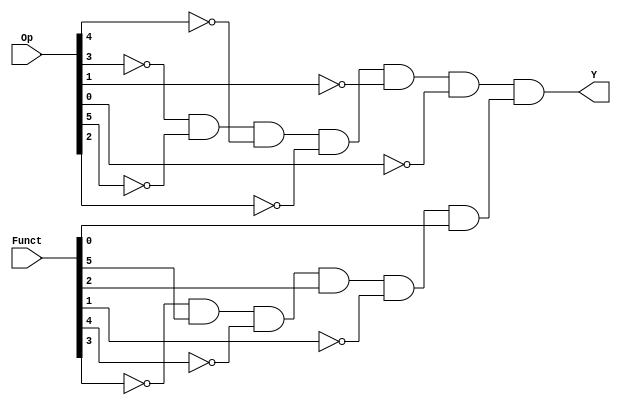
// This program was cloned from: https://github.com/FIUSCIS-CDA/Instructions
// License: MIT License

// Copyright (C) 2020  Intel Corporation. All rights reserved.
// Your use of Intel Corporation's design tools, logic functions 
// and other software and tools, and any partner logic 
// functions, and any output files from any of the foregoing 
// (including device programming or simulation files), and any 
// associated documentation or information are expressly subject 
// to the terms and conditions of the Intel Program License 
// Subscription Agreement, the Intel Quartus Prime License Agreement,
// the Intel FPGA IP License Agreement, or other applicable license
// agreement, including, without limitation, that your use is for
// the sole purpose of programming logic devices manufactured by
// Intel and sold by Intel or its authorized distributors.  Please
// refer to the applicable agreement for further details, at
// https://fpgasoftware.intel.com/eula.

// PROGRAM		"Quartus Prime"
// VERSION		"Version 20.1.1 Build 720 11/11/2020 SJ Lite Edition"
// CREATED		"Wed Aug 17 11:46:05 2022"

module ORR(
	Funct,
	Op,
	Y
);


input wire	[5:0] Funct;
input wire	[31:26] Op;
output wire	Y;

wire	isOR;
wire	isRTYPE;
wire	NOTF1;
wire	NOTF3;
wire	NOTF4;
wire	NOTOp26;
wire	NOTOp27;
wire	NOTOp28;
wire	NOTOp29;
wire	NOTOp30;
wire	NOTOp31;




assign	isRTYPE = NOTOp29 & NOTOp31 & NOTOp30 & NOTOp28 & NOTOp27 & NOTOp26;

assign	Y = isRTYPE & isOR;

assign	isOR = NOTF3 & Funct[5] & NOTF4 & Funct[2] & NOTF1 & Funct[0];

assign	NOTF1 =  ~Funct[1];

assign	NOTOp30 =  ~Op[30];

assign	NOTOp29 =  ~Op[29];

assign	NOTOp27 =  ~Op[27];

assign	NOTOp26 =  ~Op[26];

assign	NOTOp31 =  ~Op[31];

assign	NOTOp28 =  ~Op[28];

assign	NOTF4 =  ~Funct[4];

assign	NOTF3 =  ~Funct[3];


endmodule